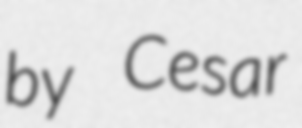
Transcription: by Cesar